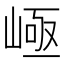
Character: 𡹪